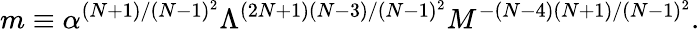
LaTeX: m\equiv\alpha^{(N+1)/(N-1)^{2}}\Lambda^{(2N+1)(N-3)/(N-1)^{2}}M^{-(N-4)(N+1)/(N-1)^{2}}.